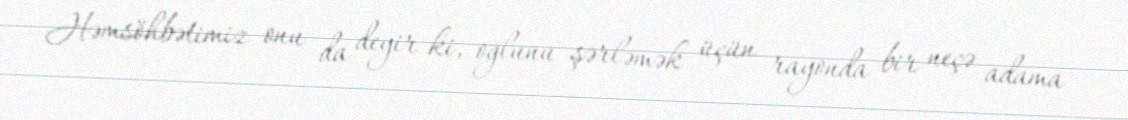
Həmsöhbətimiz onu da deyir ki, oğlunu şərləmək üçün rayonda bir neçə adama